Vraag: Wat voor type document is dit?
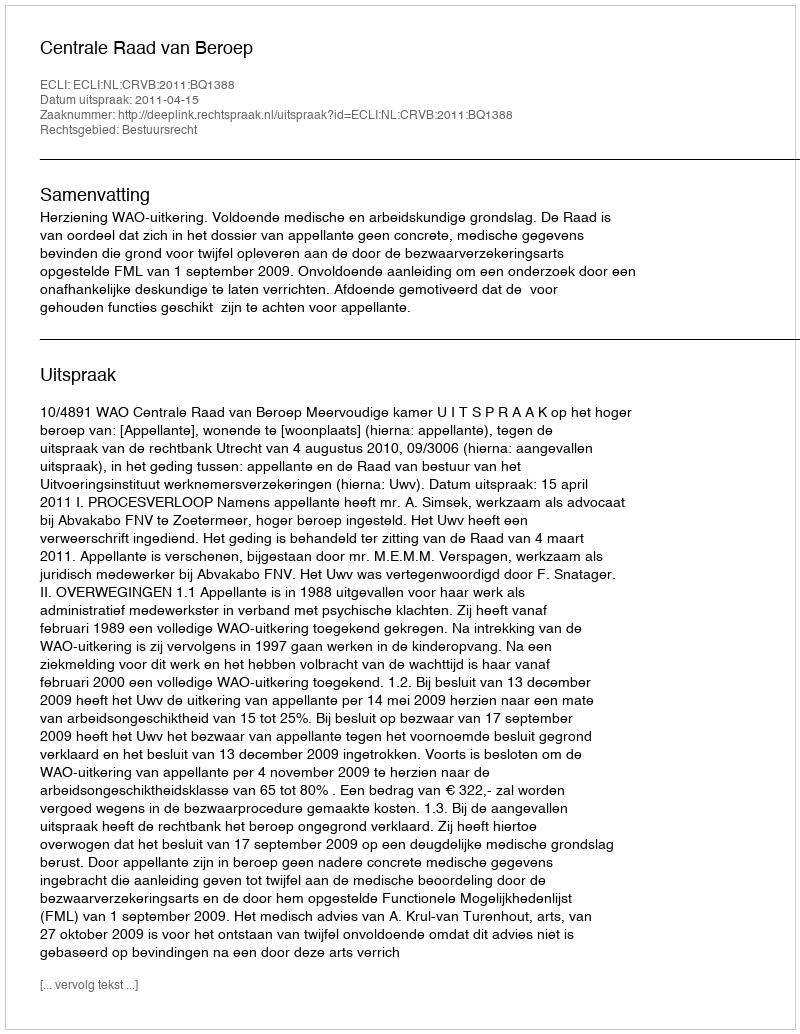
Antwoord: Uitspraak